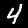
Label: 4